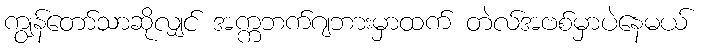
ကျွန်တော်သာဆိုလျှင် အက္ကဘက်ဂျဘားမှာထက် တဲလ်အဗစ်မှာပဲနေမယ်